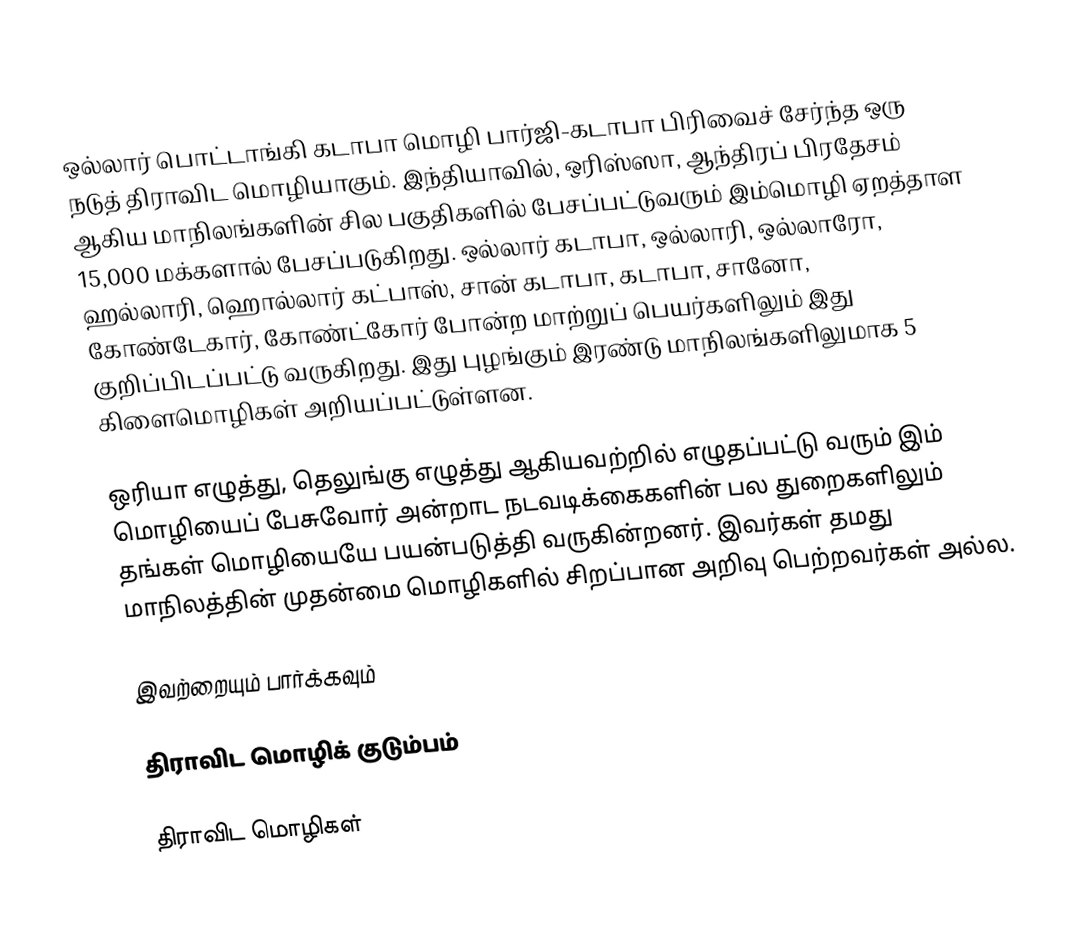
ஒல்லார் பொட்டாங்கி கடாபா மொழி பார்ஜி-கடாபா பிரிவைச் சேர்ந்த ஒரு நடுத் திராவிட மொழியாகும். இந்தியாவில், ஒரிஸ்ஸா, ஆந்திரப் பிரதேசம் ஆகிய மாநிலங்களின் சில பகுதிகளில் பேசப்பட்டுவரும் இம்மொழி ஏறத்தாள 15,000 மக்களால் பேசப்படுகிறது. ஒல்லார் கடாபா, ஒல்லாரி, ஒல்லாரோ, ஹல்லாரி, ஹொல்லார் கட்பாஸ், சான் கடாபா, கடாபா, சானோ, கோண்டேகார், கோண்ட்கோர் போன்ற மாற்றுப் பெயர்களிலும் இது குறிப்பிடப்பட்டு வருகிறது. இது புழங்கும் இரண்டு மாநிலங்களிலுமாக 5 கிளைமொழிகள் அறியப்பட்டுள்ளன.

ஒரியா எழுத்து, தெலுங்கு எழுத்து ஆகியவற்றில் எழுதப்பட்டு வரும் இம் மொழியைப் பேசுவோர் அன்றாட நடவடிக்கைகளின் பல துறைகளிலும் தங்கள் மொழியையே பயன்படுத்தி வருகின்றனர். இவர்கள் தமது மாநிலத்தின் முதன்மை மொழிகளில் சிறப்பான அறிவு பெற்றவர்கள் அல்ல.

இவற்றையும் பார்க்கவும்

 திராவிட மொழிக் குடும்பம்

திராவிட மொழிகள்